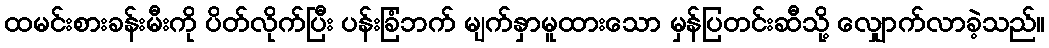
ထမင်းစားခန်းမီးကို ပိတ်လိုက်ပြီး ပန်းခြံဘက် မျက်နှာမူထားသော မှန်ပြတင်းဆီသို့ လျှောက်လာခဲ့သည်။